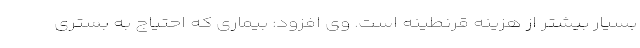
بسیار بیشتر از هزینه قرنطینه است. وی افزود: بیماری که احتیاج به بستری